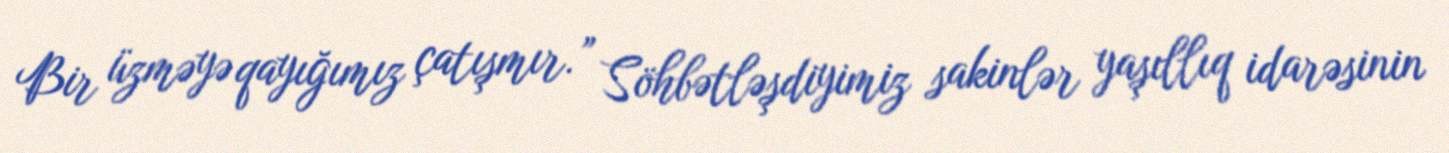
Bir üzməyə qayığımız çatışmır.” Söhbətləşdiyimiz sakinlər yaşıllıq idarəsinin